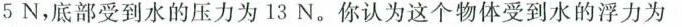
5N，底部受到水的压力为13N。你认为这个物体受到水的浮力为